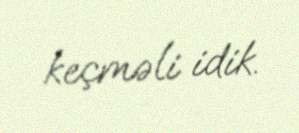
keçməli idik.